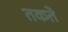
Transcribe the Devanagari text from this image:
तकते